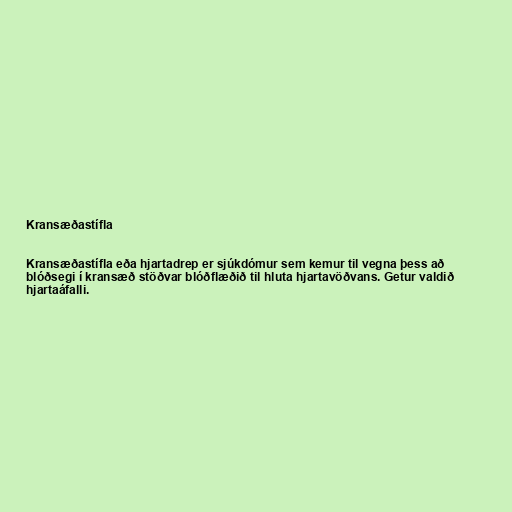
Kransæðastífla

Kransæðastífla eða hjartadrep er sjúkdómur sem kemur til vegna þess að
blóðsegi í kransæð stöðvar blóðflæðið til hluta hjartavöðvans. Getur valdið
hjartaáfalli.